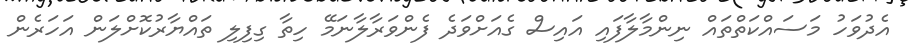
އެދުވަހު މަސައްކަތްތައް ނިންމާލާފައި އައިސް ގެއަށްވަދެ ފެންވަރާލާނަމޭ ހިތާ ގިފިލި ތައްޔާރުކޮށްލަން އަހަރެން